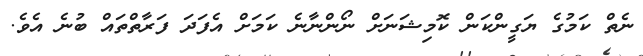
ނެތް ކަމުގެ ޔަގީންކަން ކޮމިޝަނަށް ނޯންނާނެ ކަމަށް އެފަދަ ފަރާތްތައް ބުނެ އެވެ.